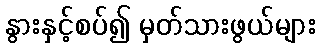
နွားနှင့်စပ်၍ မှတ်သားဖွယ်များ